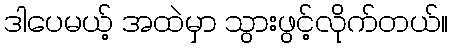
ဒါပေမယ့် အထဲမှာ သွားဖွင့်လိုက်တယ်။